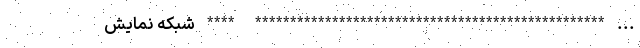
... ************************************************** **** شبکه نمایش